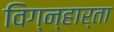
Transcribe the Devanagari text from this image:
विग्न्हार्ता